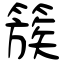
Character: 簇